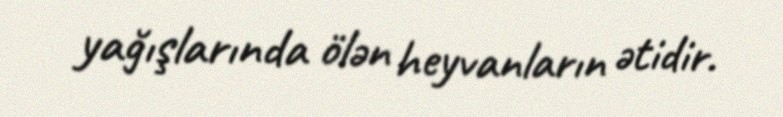
yağışlarında ölən heyvanların ətidir.